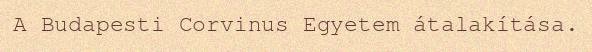
A Budapesti Corvinus Egyetem átalakítása.